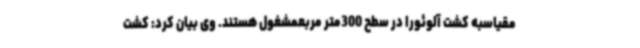
مقیاسبه کشت آلوئورا در سطح 300متر مربعمشغول هستند. وی بیان کرد: کشت